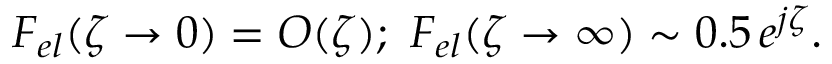
F _ { e l } ( \zeta \to 0 ) = O ( \zeta ) ; \ F _ { e l } ( \zeta \to \infty ) \sim 0 . 5 \, e ^ { j \zeta } .